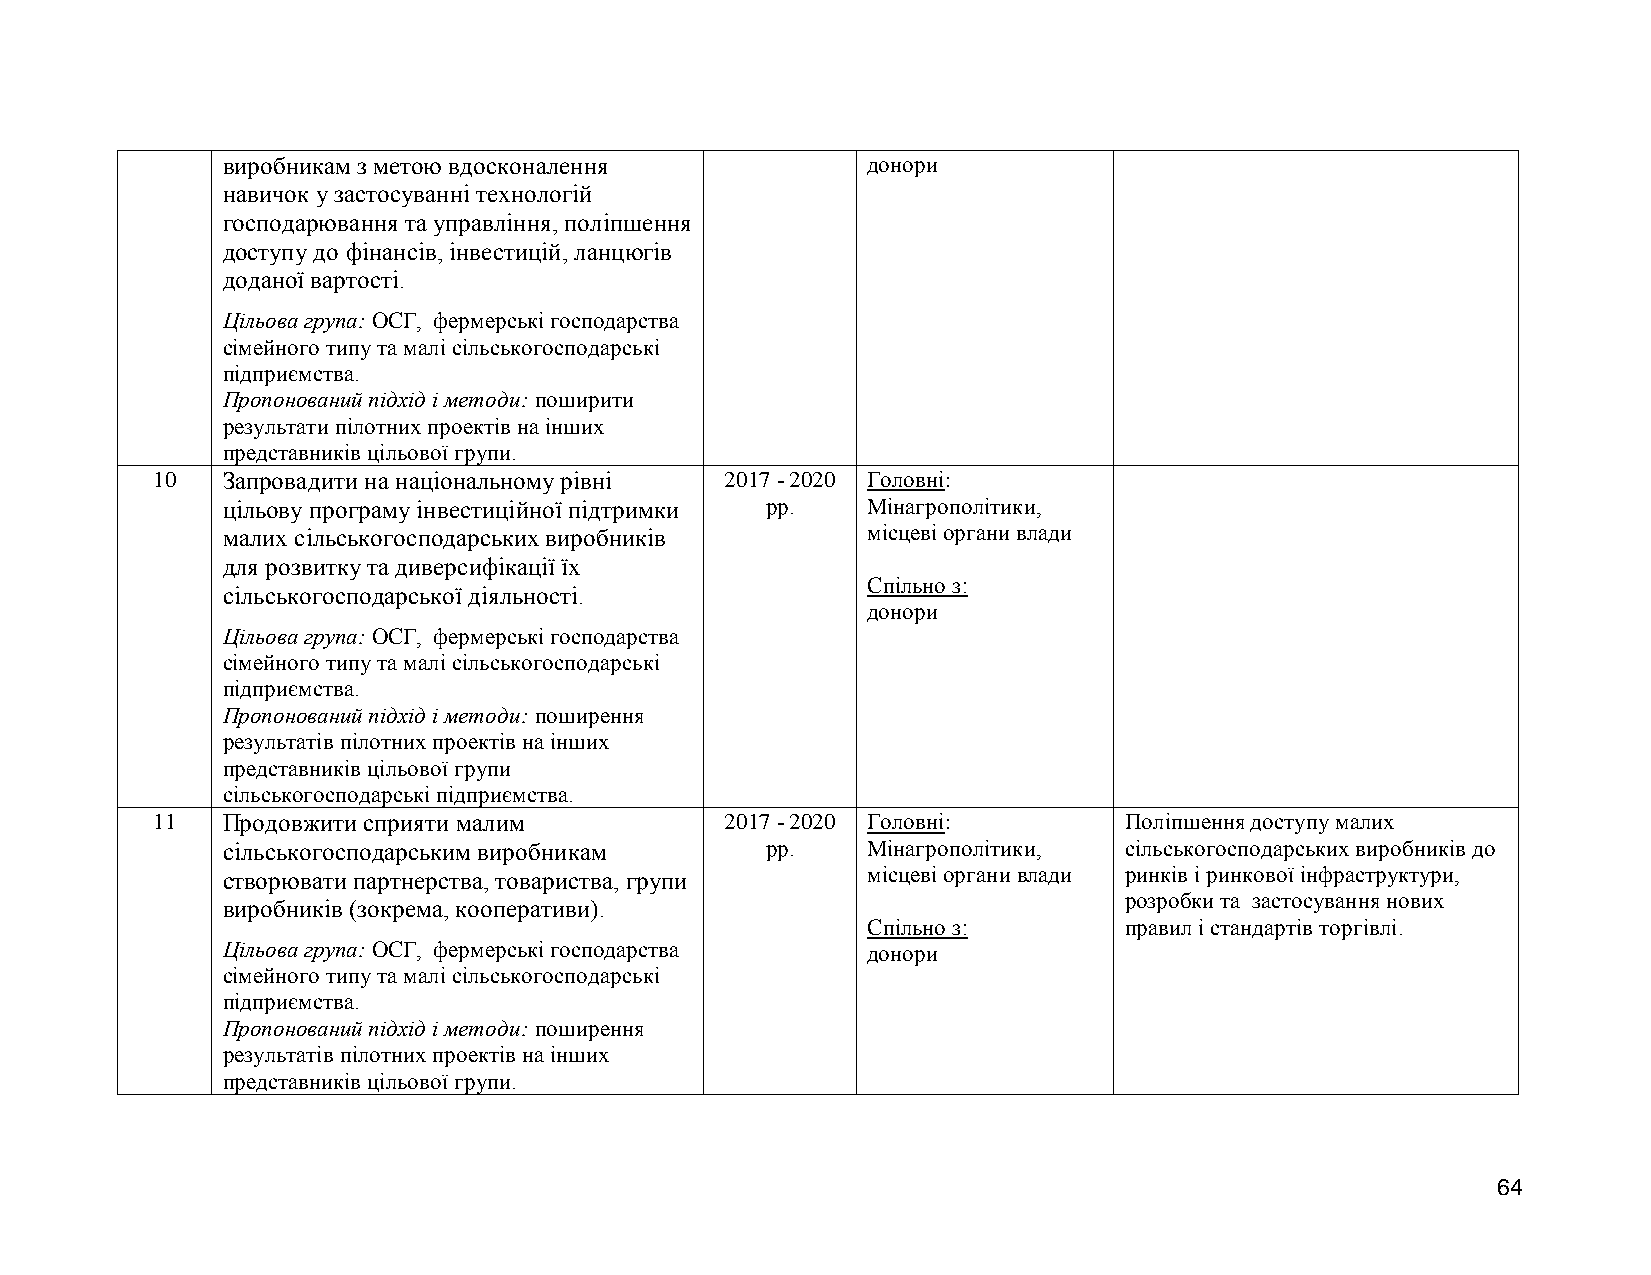
виробникам з метою вдосконалення          донори
 навичок у застосуванні технологій
 господарювання та управління, поліпшення
 доступу до фінансів, інвестицій, ланцюгів
 доданої вартості.
 Цільова група: ОСГ, фермерські господарства
 сімейного типу та малі сільськогосподарські
 підприємства.
 Пропонований підхід і методи: поширити
 результати пілотних проектів на інших
 представників цільової групи.
 10   Запровадити на національному рівні 2017 - 2020 Головні:
 цільову програму інвестиційної підтримки рр. Мінагрополітики,
 малих сільськогосподарських виробників    місцеві органи влади
 для розвитку та диверсифікації їх
 Спільно з:
 сільськогосподарської діяльності.
 донори
 Цільова група: ОСГ, фермерські господарства
 сімейного типу та малі сільськогосподарські
 підприємства.
 Пропонований підхід і методи: поширення
 результатів пілотних проектів на інших
 представників цільової групи
 сільськогосподарські підприємства.
 11   Продовжити сприяти малим         2017 - 2020 Головні:      Поліпшення доступу малих
 сільськогосподарським виробникам    рр.   Мінагрополітики, сільськогосподарських виробників до
 створювати партнерства, товариства, групи місцеві органи влади ринків і ринкової інфраструктури,
 розробки та застосування нових
 виробників (зокрема, кооперативи).
 Спільно з:       правил і стандартів торгівлі.
 Цільова група: ОСГ, фермерські господарства донори
 сімейного типу та малі сільськогосподарські
 підприємства.
 Пропонований підхід і методи: поширення
 результатів пілотних проектів на інших
 представників цільової групи.
 64